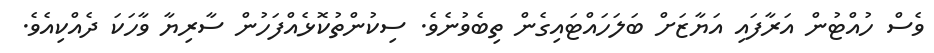
ވެސް ހުއްޓުން އަރާފައި އަޔާޒަށް ބަލަހައްޓައިގެން ތިބެވުނެވެ. ސިކުންތުކޮޅެއްފަހުން ސާރިޔާ ވާހަކަ ދެއްކިއެވެ.